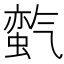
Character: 𱥬